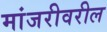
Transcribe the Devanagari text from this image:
मांजरीवरील